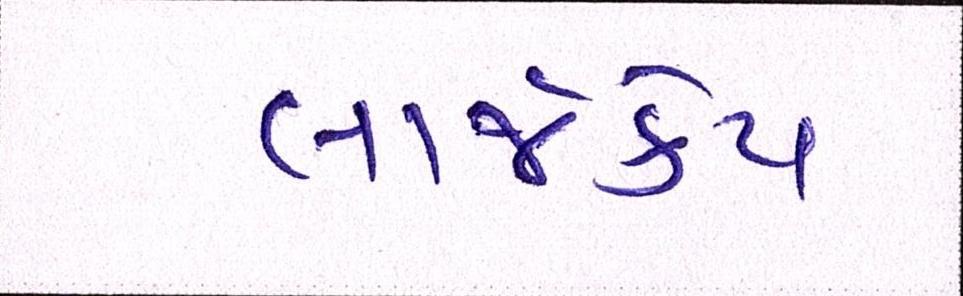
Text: લાર્જકેપ